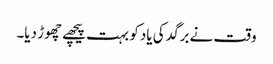
وقت نے برگد کی یاد کو بہت پیچھے چھوڑ دیا۔